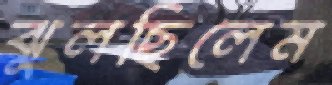
ঝুলছিলেম